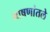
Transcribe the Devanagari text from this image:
भाषणांतले